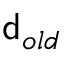
{ \mathsf { d } } _ { o l d }